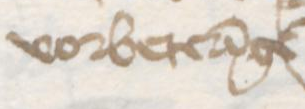
Transcription: vorbetereinge